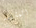
المشكله